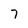
Character: 7